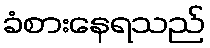
ခံစားနေရသည်